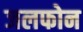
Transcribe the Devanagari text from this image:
जलफोन